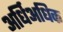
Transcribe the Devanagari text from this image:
अर्धिअधिक